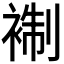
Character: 𧚳